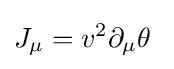
J_{\mu }=v^{2}\partial _{\mu }\theta ~